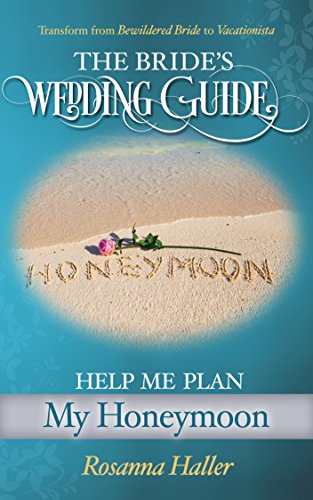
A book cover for Help Me Plan My Honeymoon: Transform from Bewildered Bride to Vacationista (The BRIDES Wedding Guide Book 14); Rosanna Haller; Crafts, Hobbies & Home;